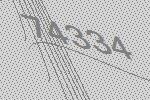
74334